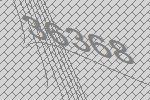
36368